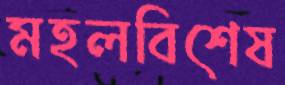
মহলবিশেষ